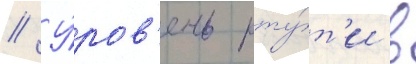
// У́ров'ень рту́т'и в